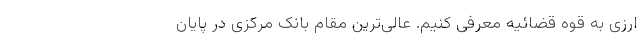
ارزی به قوه قضائیه معرفی کنیم. عالی‌ترین مقام بانک مرکزی در پایان